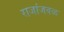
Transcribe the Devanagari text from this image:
राजांजवळ